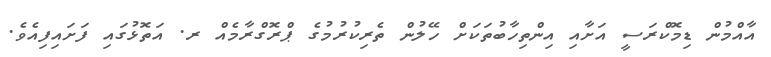
އާއްމުން ޑިމޮކްރަސީ އަށާއި އިންތިހާބުތަކަށް ހޭލުން ތެރިކުރުމުގެ ޕްރޮގްރާމެއް ރ. އަތޮޅުގައި ފަށައިފިއެވެ.